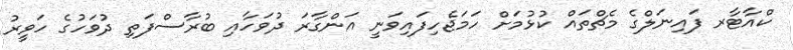
ކްއާޓާރ ފައިނަލްގެ މެޗްތައް ކުޅުމަށް ހަމަޖެހިފައިވަނީ އަންގާރަ ދުވަހާއި ބުރާސްފަތި ދުވަހުގެ ހަވީރު